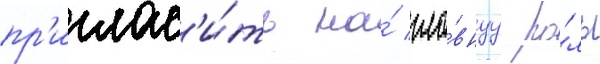
пр'иглас'и́ть на́ гла́внуу ро́ль